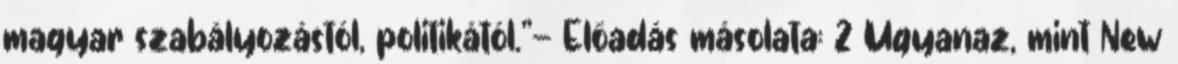
magyar szabályozástól, politikától."— Előadás másolata: 2 Ugyanaz, mint New